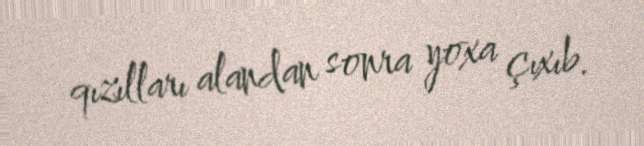
qızılları alandan sonra yoxa çıxıb.